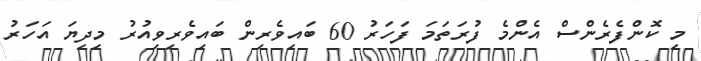
މި ކޮންފެރެންސް އެންމެ ފުރަތަމަ ފަހަރު 60 ބައިވެރިން ބައިވެރިވިއުރު މިދިޔަ އަހަރު